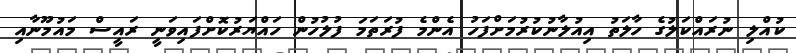
ކުއްލި ނުރައްކަލުގެ ހާލަތު އިއުލާނުކުރުމަށްފަހު އެންމެ ފުރަތަމަ ފުލުހުން ހައްޔަރުކޮށްފައިވަނީ ރައީސް މައުމޫނާއި